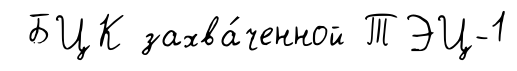
БЦК захва́ченной ТЭЦ-1